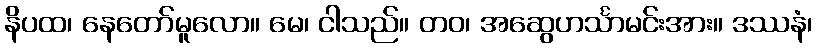
နိပထ၊ နေတော်မူလော။ မေ၊ ငါသည်။ တဝ၊ အဆွေဟင်္သာမင်းအား။ ဒဿနံ၊